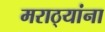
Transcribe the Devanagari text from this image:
मराठ्‍यांना